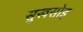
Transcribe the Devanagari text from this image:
सुखसोइ